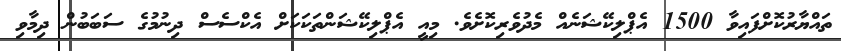
ތައްޔާރުކޮށްފައިވާ 1500 އެޕްލިކޭޝަނެއް މެދުވެރިކޮށެވެ. މިއީ އެޕްލިކޭޝަންތަކަކަށް އެކްސެސް ދިނުމުގެ ސަބަބުން ދިމާވި